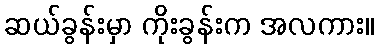
ဆယ်ခွန်းမှာ ကိုးခွန်းက အလကား။